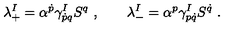
\lambda _ { + } ^ { I } = \alpha ^ { \dot { p } } \gamma _ { \dot { p } q } ^ { I } S ^ { q } \ , \qquad \lambda _ { - } ^ { I } = \alpha ^ { p } \gamma _ { p \dot { q } } ^ { I } S ^ { \dot { q } } \ .